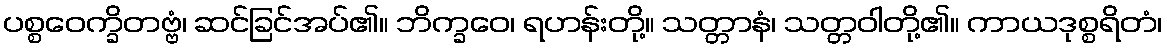
ပစ္စဝေက္ခိတဗ္ဗံ၊ ဆင်ခြင်အပ်၏။ ဘိက္ခဝေ၊ ရဟန်းတို့။ သတ္တာနံ၊ သတ္တဝါတို့၏။ ကာယဒုစ္စရိတံ၊